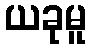
ယခုမူ